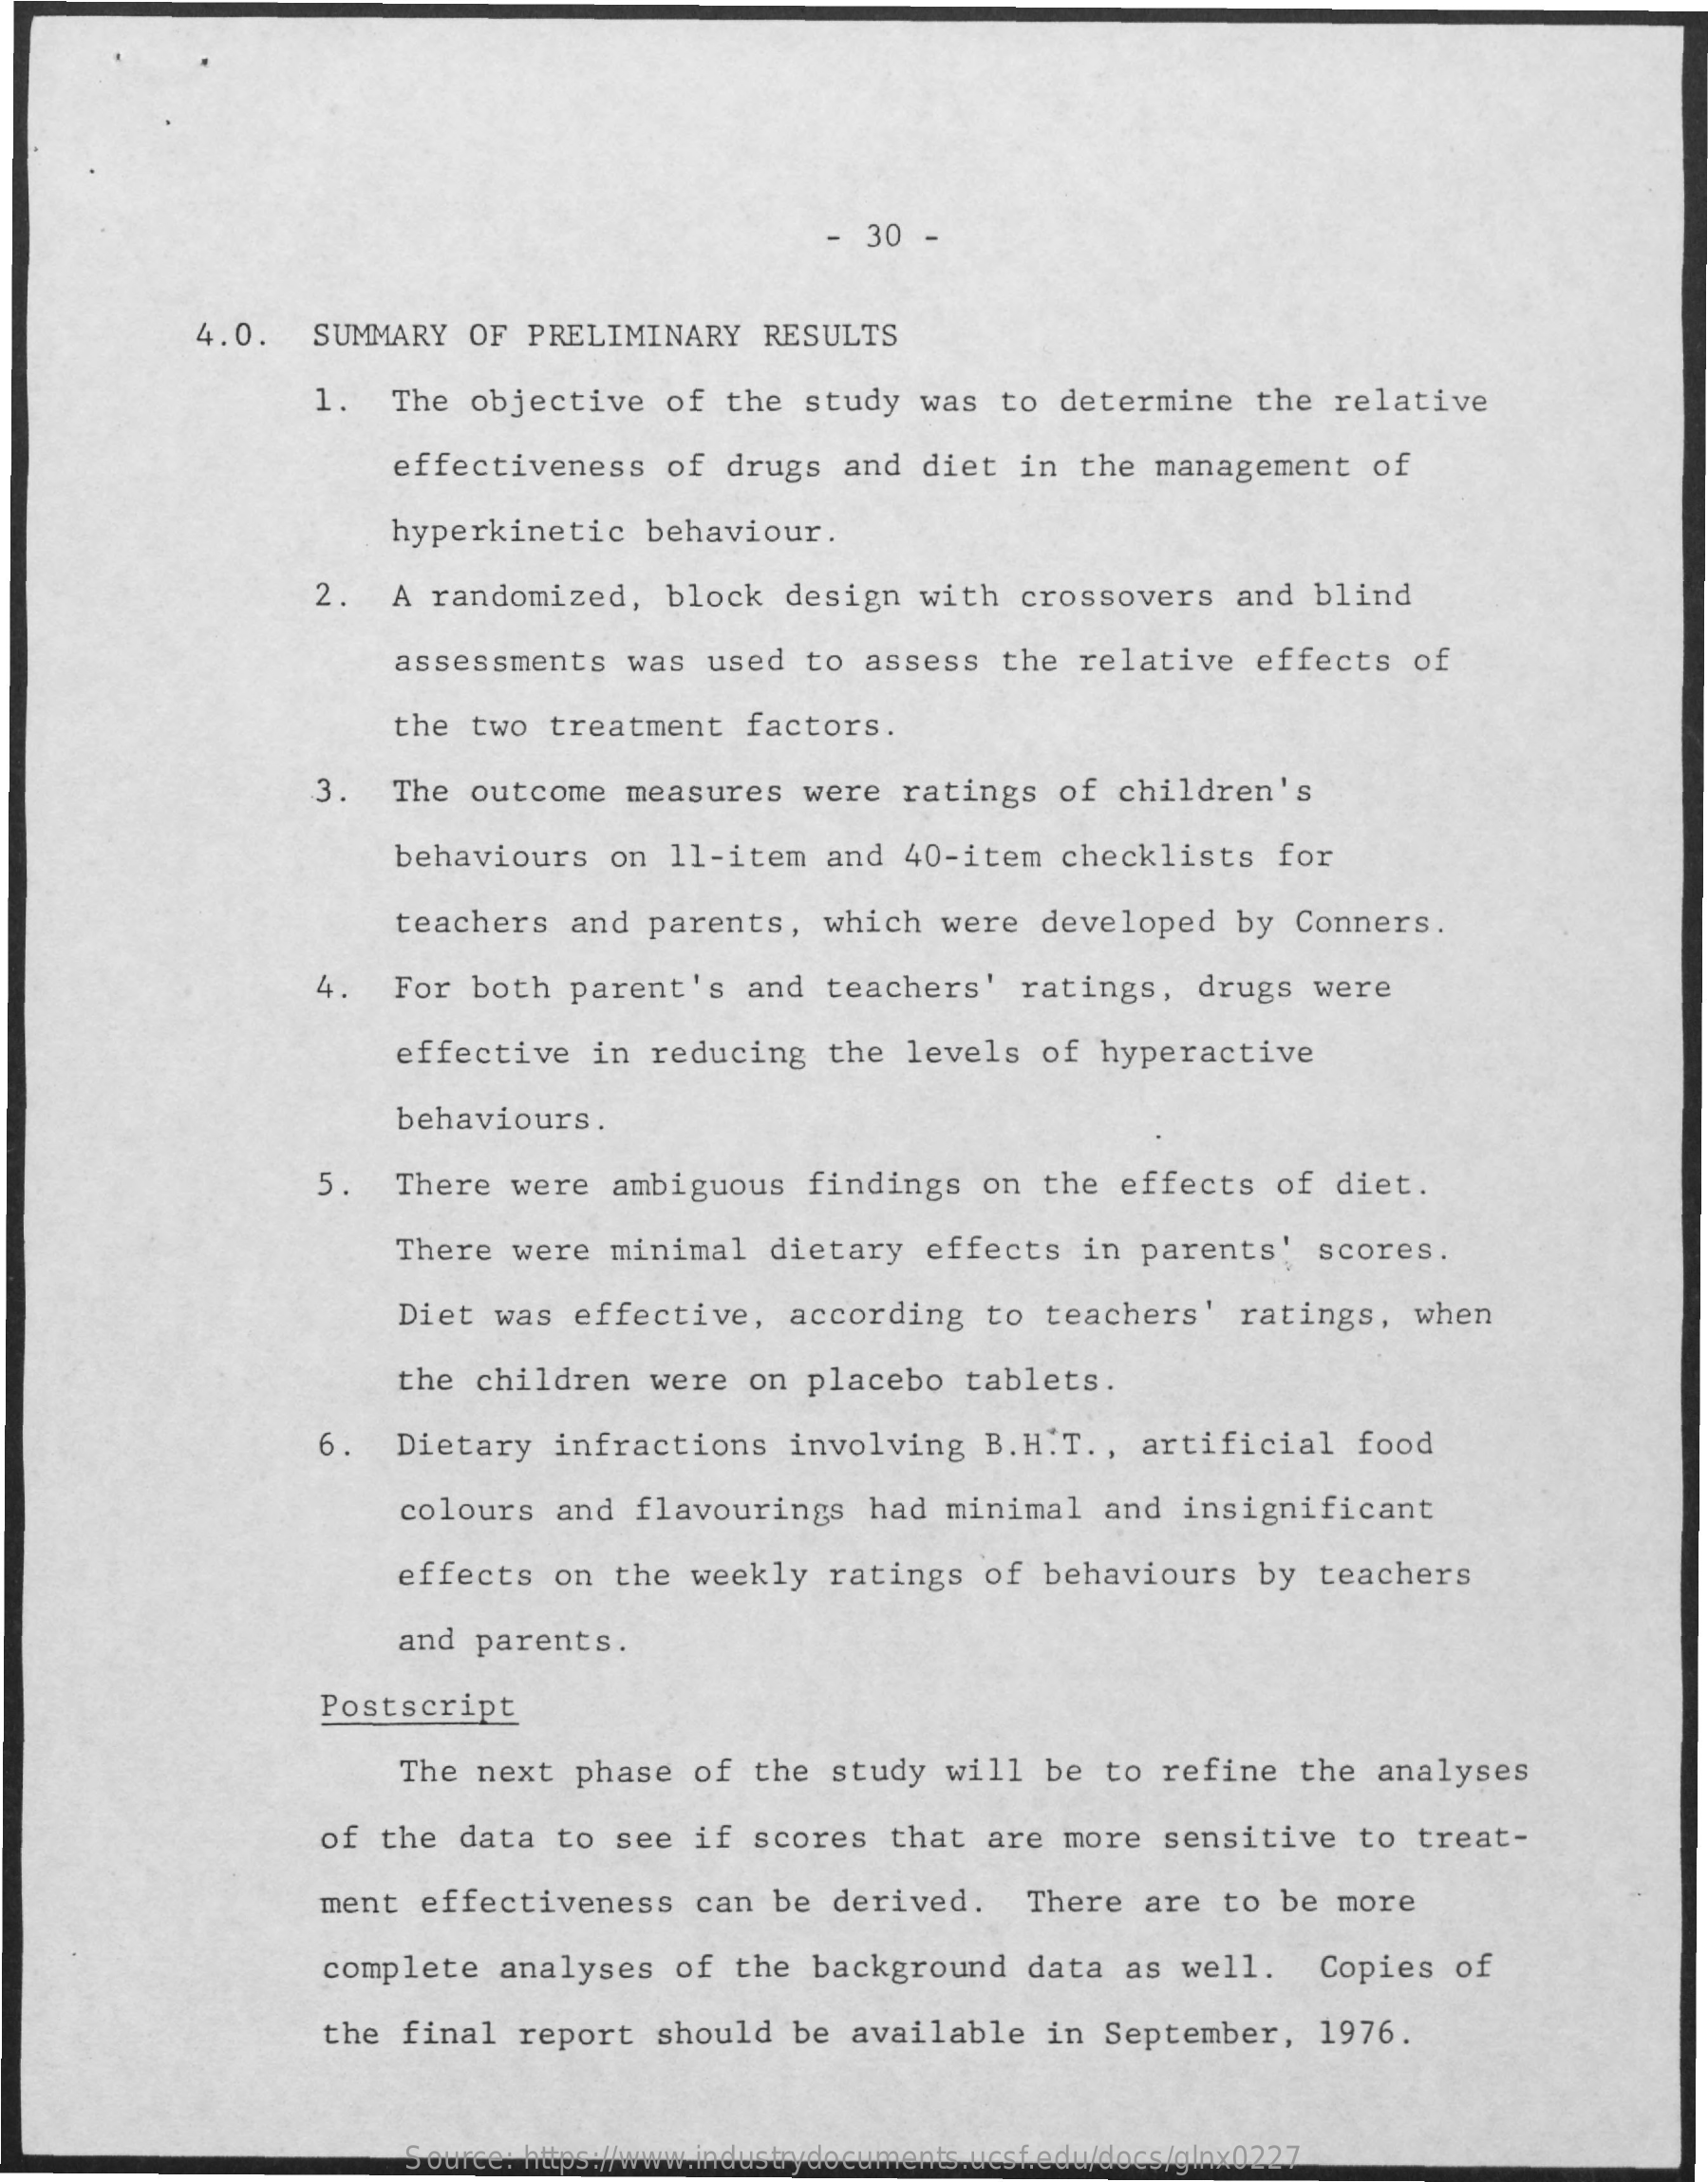
30  -
     4.0.    SUMMARY   OF  PRELIMINARY    RESULTS
     1.   The  objective    of  the  study   was  to  determine    the  relative
     effectiveness    of  drugs   and  diet  in  the  management    of
     hyperkinetic    behaviour.
     2.   A randomized,    block   design   with  crossovers    and  blind
     assessments    was   used  to  assess   the  relative    effects   of
     the  two  treatment    factors.
     3.   The  outcome   measures    were   ratings   of  children's
     behaviours    on  11-item    and  40-item   checklists    for
     teachers    and  parents,    which  were   developed    by  Conners.
     4.   For  both  parent's    and  teachers'    ratings,    drugs   were
     effective    in  reducing    the  levels   of  hyperactive
     behaviours.
     5    There   were   ambiguous   findings    on  the  effects   of  diet.
     There   were  minimal    dietary   effects    in parents'    scores.
     Diet  was  effective,    according    to  teachers'    ratings,   when
     the children    were  on  placebo    tablets.
     6.   Dietary   infractions    involving    B.H.T  ., artificial    food
     colours   and  flavourings    had  minimal    and  insignificant
     effects  on   the  weekly   ratings   of  behaviours    by  teachers
     and parents.
     Postscript
     The next   phase   of  the  study  will   be  to  refine   the  analyses
     of the  data   to  see  if  scores   that  are  more   sensitive    to  treat-
     ment   effectiveness    can  be  derived.    There   are  to be  more
     complete   analyses   of  the   background    data  as  well.    Copies   of
     the final   report   should   be  available    in  September,    1976.
     Source: https://www.industrydocuments.ucsf.edu/docs/glnx0227